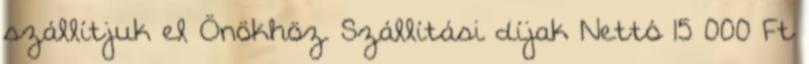
szállítjuk el Önökhöz. Szállítási díjak Nettó 15 000 Ft